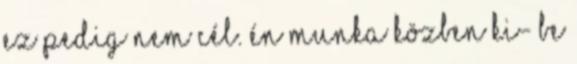
ez pedig nem cél. Én munka közben ki- be